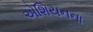
એશિયનના